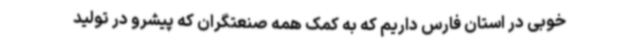
خوبی در استان فارس داریم که به کمک همه صنعتگران که پیشرو در تولید